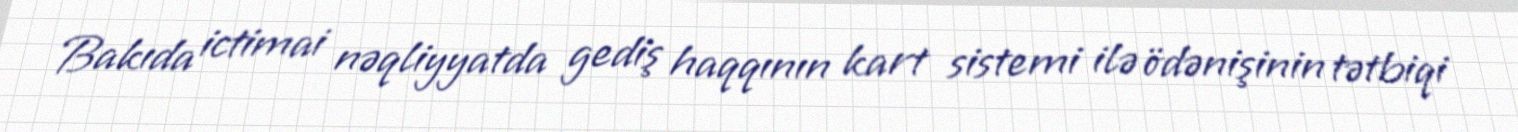
Bakıda ictimai nəqliyyatda gediş haqqının kart sistemi ilə ödənişinin tətbiqi